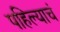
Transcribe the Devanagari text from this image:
पहिल्याचं